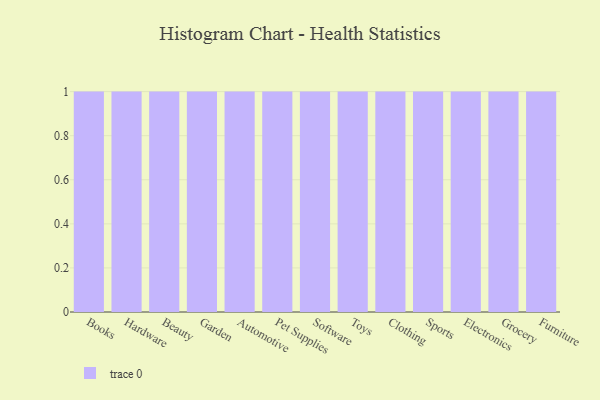
{"axis": {"x": "Category", "y": "Website Visitors"}, "legend": [""], "data": [{"x": "Books", "y": 68, "type": ""}, {"x": "Hardware", "y": 10, "type": ""}, {"x": "Beauty", "y": 39, "type": ""}, {"x": "Garden", "y": 31, "type": ""}, {"x": "Automotive", "y": 21, "type": ""}, {"x": "Pet Supplies", "y": 19, "type": ""}, {"x": "Software", "y": 1, "type": ""}, {"x": "Toys", "y": 81, "type": ""}, {"x": "Clothing", "y": 76, "type": ""}, {"x": "Sports", "y": 44, "type": ""}, {"x": "Electronics", "y": 81, "type": ""}, {"x": "Grocery", "y": 18, "type": ""}, {"x": "Furniture", "y": 56, "type": ""}]}